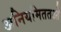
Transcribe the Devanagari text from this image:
अनियमिततओं